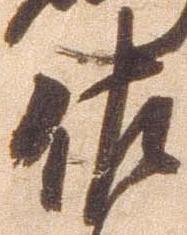
佐